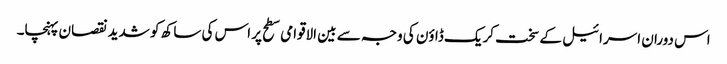
اس دوران اسرائیل کے سخت کریک ڈاؤن کی وجہ سے بین الاقوامی سطح پر اس کی ساکھ کو شدید نقصان پہنچا۔